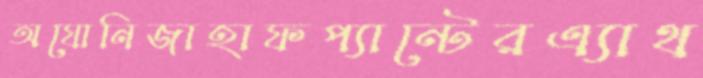
অযোনিজাহাফপ্যান্টেরএ্যাথ